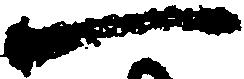
一